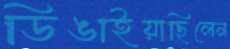
ডিঙাইয়াছিলেন